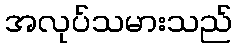
အလုပ်သမားသည်